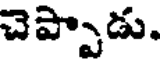
చెప్పాడు.